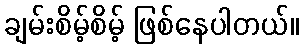
ချမ်းစိမ့်စိမ့် ဖြစ်နေပါတယ်။